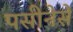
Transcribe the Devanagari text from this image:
पसीनेसे